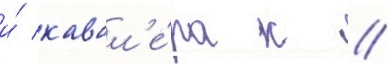
и́ кавал'е́ра к //